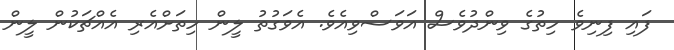
ފައި ފިނިވެ ހިތުގެ ވިންދުވެސް އަވަސްވިއެވެ. އެވަގުތު ލީން ހިތަށްއެރި އެއްޗަކުން ލީން